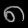
Digit: ၈